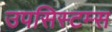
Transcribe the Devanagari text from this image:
उपसिस्टम्स